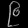
Digit: ၉